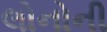
લોનોની